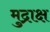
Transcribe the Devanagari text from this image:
मुद्राक्ष